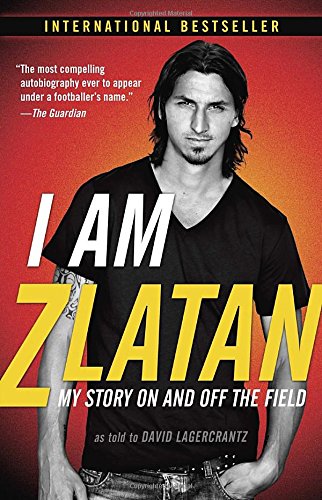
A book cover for I Am Zlatan: My Story On and Off the Field; Zlatan Ibrahimovic; Biographies & Memoirs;